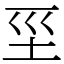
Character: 坙